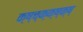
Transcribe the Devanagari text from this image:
क्ष्च्क्क्ष्क्ष्